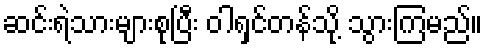
ဆင်းရဲသားများစုပြီး ဝါရှင်တန်သို့ သွားကြမည်။